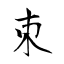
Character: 朿